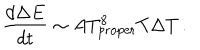
{ \frac { d \Delta E } { d t } } \sim A T _ { \mathrm { p r o p e r } } ^ { 8 } T \Delta T \, .